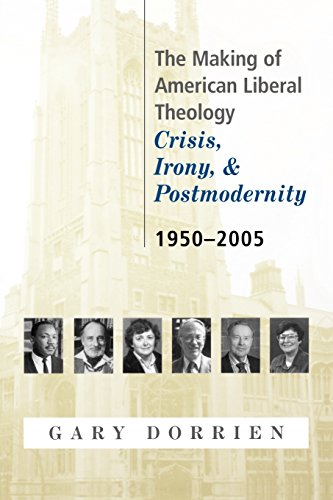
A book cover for The Making of American Liberal Theology: Crisis, Irony, and Postmodernity, 1950-2005; Gary Dorrien; Christian Books & Bibles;